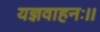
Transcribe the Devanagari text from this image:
यज्ञवाहनः।।